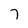
Character: 7